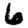
Digit: 6